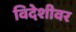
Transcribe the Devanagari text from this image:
विदेशीवर